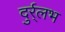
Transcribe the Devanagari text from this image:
दुर्र्लभ